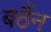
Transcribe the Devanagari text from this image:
बठैंन